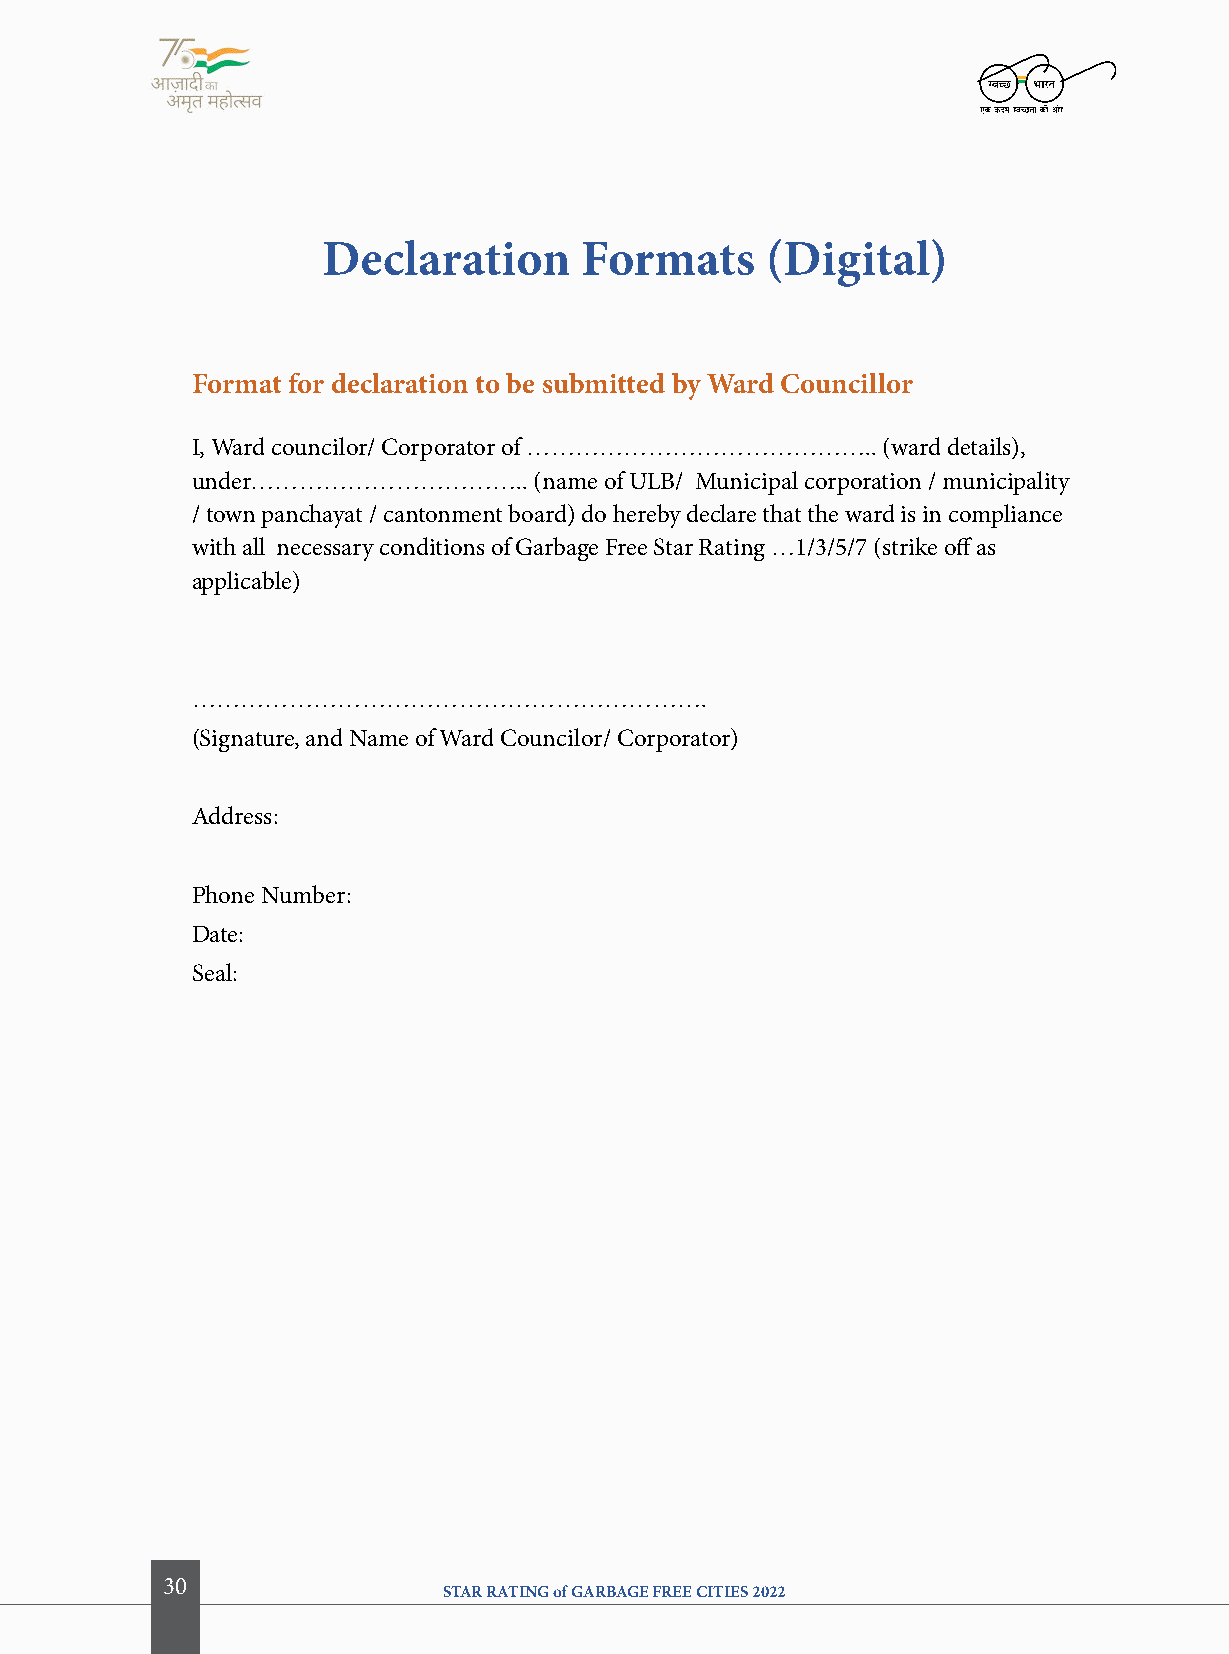
Declaration      formats      (Digital)
 format for declaration to be submitted by Ward councillor
 I, Ward councilor/ Corporator of …………………………………….. (ward details),
 under……………………………..    (name of ULB/ Municipal corporation / municipality
 / town panchayat / cantonment board) do hereby declare that the ward is in compliance
 with all necessary conditions of Garbage Free Star Rating …1/3/5/7 (strike off as
 applicable)
 ……………………………………………………….
 (Signature, and Name of Ward Councilor/ Corporator)
 Address:
 Phone Number:
 Date:
 Seal:
 30
 STAR RATING of GARBAGE FREE CITIES 2022